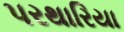
પરથારિયા